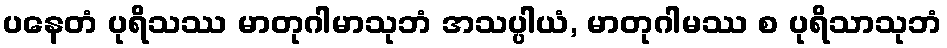
ပနေတံ ပုရိသဿ မာတုဂါမာသုဘံ အသပ္ပါယံ, မာတုဂါမဿ စ ပုရိသာသုဘံ